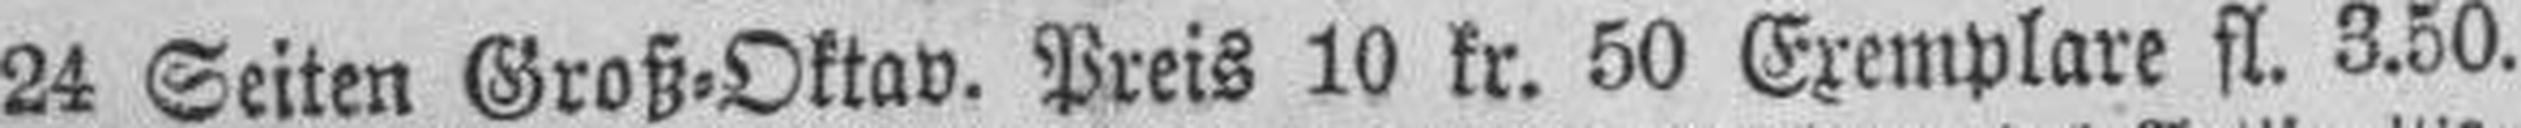
24 Seiten Groß=Oktav. Preis 10 kr. 50 Exemplare fl. 3.50.